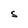
Character: S